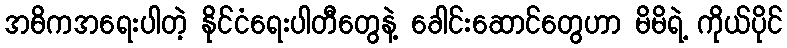
အဓိကအရေးပါတဲ့ နိုင်ငံရေးပါတီတွေနဲ့ ခေါင်းဆောင်တွေဟာ မိမိရဲ့ ကိုယ်ပိုင်